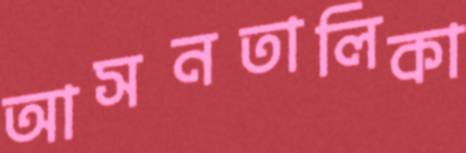
আসনতালিকা